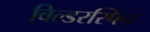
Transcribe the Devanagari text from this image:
विल्डरस्पिन